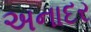
અનાદર